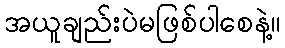
အယူချည်းပဲမဖြစ်ပါစေနဲ့။